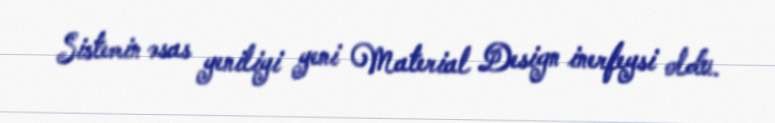
Sistemin əsas yeniliyi yeni Material Design inerfeysi oldu.